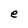
Character: e